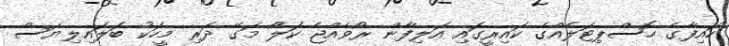
ހައިފާގެ ހޮސްޕިޓަލެއްގެ ކައިރީގައި އަލިފާން ރޯވެއްޖެ ކަލޯ މަގޭ ދަރި މީހަކު ބަލައިލިޔަސް